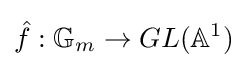
{\hat {f}}:\mathbb {G} _{m}\to GL(\mathbb {A} ^{1})